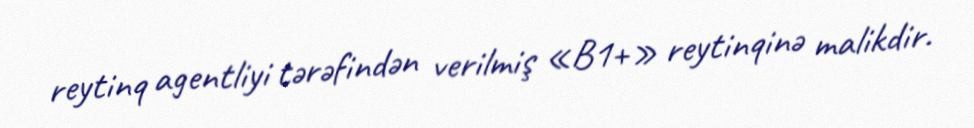
reytinq agentliyi tərəfindən verilmiş «B1+» reytinqinə malikdir.